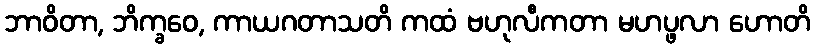
ဘာဝိတာ, ဘိက္ခဝေ, ကာယဂတာသတိ ကထံ ဗဟုလီကတာ မဟပ္ဖလာ ဟောတိ